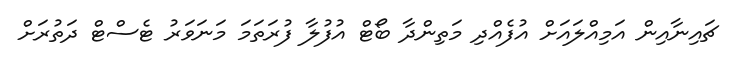
ޗައިނާއިން އަމިއްލައަށް އުފެއްދި މަތިންދާ ބޯޓް އުފުލާ ފުރަތަމަ މަނަވަރު ޓެސްޓް ދަތުރަށް